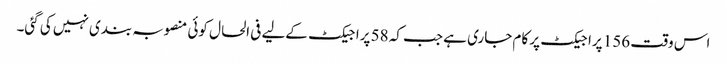
اس وقت 156 پراجیکٹ پر کام جاری ہے جب کہ 58 پراجیکٹ کےلیے فی الحال کوئی منصوبہ بندی نہیں کی گئی۔